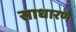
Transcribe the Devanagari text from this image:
साधारणे